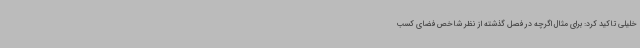
خلیلی تاکید کرد: برای مثال اگرچه در فصل گذشته از نظر شاخص فضای کسب